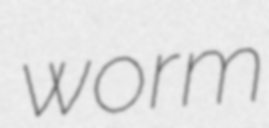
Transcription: worm